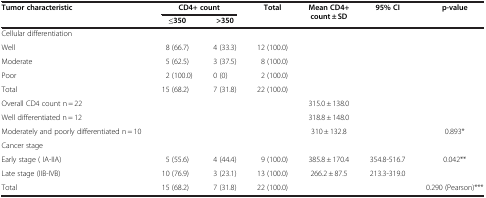
| <ROWSPAN=2> Tumor characteristic | <COLSPAN=2> CD4+ count | <ROWSPAN=2> Total | <ROWSPAN=2> Mean CD4+ count ± SD | <ROWSPAN=2> 95% CI | <ROWSPAN=2> p-value |
 | ≤350 | >350 |
 | --- | --- | --- | --- | --- | --- | --- |
 | Cellular differentiation |  |  |  |  |  |  |
 | Well | 8 (66.7) | 4 (33.3) | 12 (100.0) |  |  |  |
 | Moderate | 5 (62.5) | 3 (37.5) | 8 (100.0) |  |  |  |
 | Poor | 2 (100.0) | 0 (0) | 2 (100.0) |  |  |  |
 | Total | 15 (68.2) | 7 (31.8) | 22 (100.0) |  |  |  |
 | Overall CD4 count n = 22 |  |  |  | 315.0 ± 138.0 |  |  |
 | Well differentiated n = 12 |  |  |  | 318.8 ± 148.0 |  |  |
 | Moderately and poorly differentiated n = 10 |  |  |  | 310 ± 132.8 |  | 0.893* |
 | Cancer stage |  |  |  |  |  |  |
 | Early stage ( IA-IIA) | 5 (55.6) | 4 (44.4) | 9 (100.0) | 385.8 ± 170.4 | 354.8-516.7 | 0.042** |
 | Late stage (IIB-IVB) | 10 (76.9) | 3 (23.1) | 13 (100.0) | 266.2 ± 87.5 | 213.3-319.0 |  |
 | Total | 15 (68.2) | 7 (31.8) | 22 (100.0) |  |  | 0.290 (Pearson)*** |